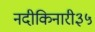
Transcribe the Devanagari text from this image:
नदीकिनारी३५